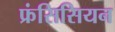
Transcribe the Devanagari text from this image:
फ्रंसिसियन